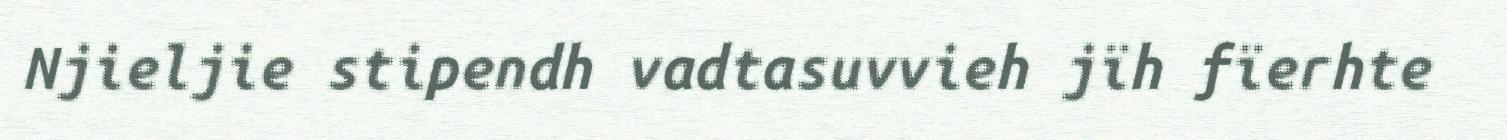
Njieljie stipendh vadtasuvvieh jïh fïerhte